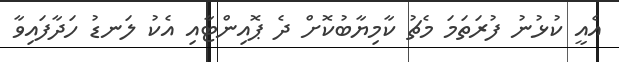
އެއީ ކުޅުނު ފުރަތަމަ މެޗު ކާމިޔާބުކޮށް ދެ ޕޮއިންޓާއި އެކު ލަނޑު ހަދާފައިވާ